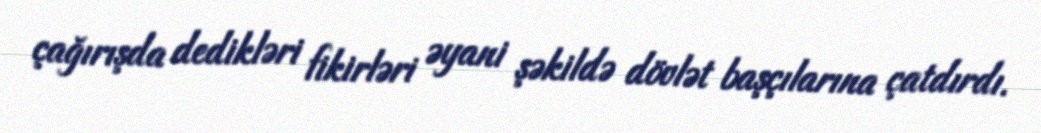
çağırışda dedikləri fikirləri əyani şəkildə dövlət başçılarına çatdırdı.